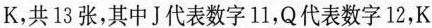
K，共13张，其中J代表数字11，Q代表数字12，K